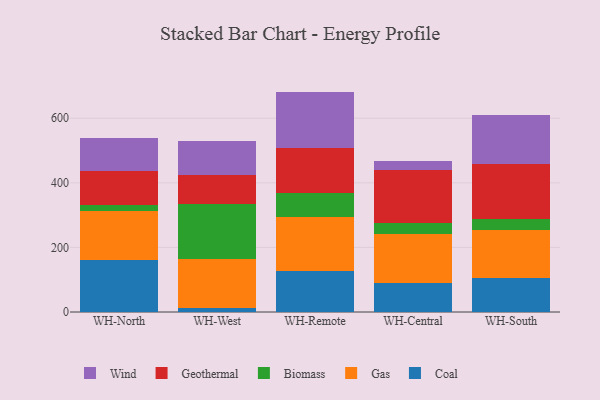
{"axis": {"x": "Warehouse", "y": "Net Income (USD K)"}, "legend": ["Biomass", "Coal", "Gas", "Geothermal", "Wind"], "data": [{"x": "WH-North", "y": 160.7, "type": "Coal"}, {"x": "WH-North", "y": 152.5, "type": "Gas"}, {"x": "WH-North", "y": 16.9, "type": "Biomass"}, {"x": "WH-North", "y": 107.3, "type": "Geothermal"}, {"x": "WH-North", "y": 102.7, "type": "Wind"}, {"x": "WH-West", "y": 11.1, "type": "Coal"}, {"x": "WH-West", "y": 153.2, "type": "Gas"}, {"x": "WH-West", "y": 169.8, "type": "Biomass"}, {"x": "WH-West", "y": 91.6, "type": "Geothermal"}, {"x": "WH-West", "y": 102.6, "type": "Wind"}, {"x": "WH-Remote", "y": 127.2, "type": "Coal"}, {"x": "WH-Remote", "y": 166.7, "type": "Gas"}, {"x": "WH-Remote", "y": 75.3, "type": "Biomass"}, {"x": "WH-Remote", "y": 139.4, "type": "Geothermal"}, {"x": "WH-Remote", "y": 173.9, "type": "Wind"}, {"x": "WH-Central", "y": 90.0, "type": "Coal"}, {"x": "WH-Central", "y": 151.0, "type": "Gas"}, {"x": "WH-Central", "y": 35.8, "type": "Biomass"}, {"x": "WH-Central", "y": 163.6, "type": "Geothermal"}, {"x": "WH-Central", "y": 28.2, "type": "Wind"}, {"x": "WH-South", "y": 104.9, "type": "Coal"}, {"x": "WH-South", "y": 147.5, "type": "Gas"}, {"x": "WH-South", "y": 37.1, "type": "Biomass"}, {"x": "WH-South", "y": 168.3, "type": "Geothermal"}, {"x": "WH-South", "y": 153.2, "type": "Wind"}]}